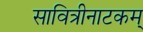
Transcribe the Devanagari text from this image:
सावित्रीनाटकम्